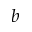
^ { b }